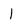
Character: 1